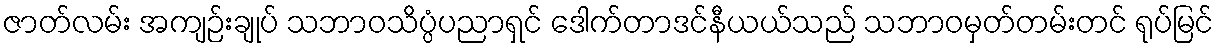
ဇာတ်လမ်း အကျဉ်းချုပ် သဘာဝသိပ္ပံပညာရှင် ဒေါက်တာဒင်နီယယ်သည် သဘာဝမှတ်တမ်းတင် ရုပ်မြင်